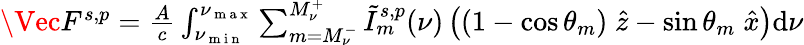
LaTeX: \begin{array}{r}{\Vec{F}^{s,p}=\frac{A}{c}\int_{\nu_{\mathrm{~m~i~n~}}}^{\nu_{\mathrm{~m~a~x~}}}\sum_{m=M_{\nu}^{-}}^{M_{\nu}^{+}}\tilde{I}_{m}^{s,p}(\nu)\left((1-\cos\theta_{m})\; \hat{z}-\sin\theta_{m}\; \hat{x}\right)\mathrm{d}\nu}\end{array}